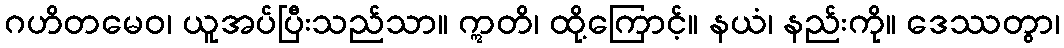
ဂဟိတမေဝ၊ ယူအပ်ပြီးသည်သာ။ ဣတိ၊ ထို့ကြောင့်။ နယံ၊ နည်းကို။ ဒေဿတွာ၊